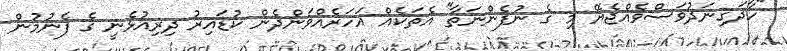
"ހާދަގިނަދުވަސްވެއްޖެޔޭ މި ގެ ނުފެންނަތާ" އެތަކެއް އަހަރެއްވަންދެން ކުޑައިރު ދިރިއުޅެނީ ގެ ފެނުމުން